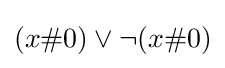
(x\#0)\lor \neg (x\#0)